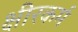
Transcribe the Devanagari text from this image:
क्षीरकर्म